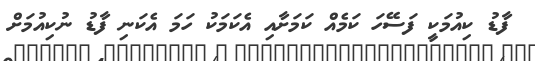
ފާޑު ކިއުމަކީ ފަސޭހަ ކަމެއް ކަމަށާއި އެކަމަކު ހަމަ އެކަނި ފާޑު ނުކިއުމަށް